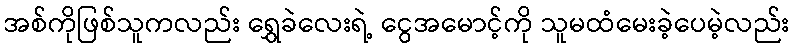
အစ်ကိုဖြစ်သူကလည်း ရွှေခဲလေးရဲ့ ငွေအမောင့်ကို သူမထံမေးခဲ့ပေမဲ့လည်း